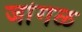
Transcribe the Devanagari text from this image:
जांगळ